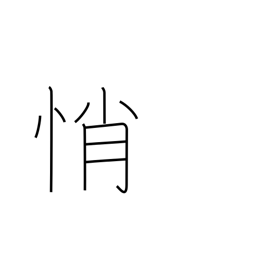
Meaning: anxiety